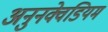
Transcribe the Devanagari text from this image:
अनुनक्वेडियम